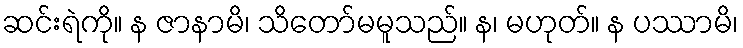
ဆင်းရဲကို။ န ဇာနာမိ၊ သိတော်မမူသည်။ န၊ မဟုတ်။ န ပဿာမိ၊